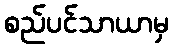
စည်ပင်သာယာမှ